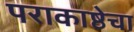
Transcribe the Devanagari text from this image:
पराकाष्ठेचा